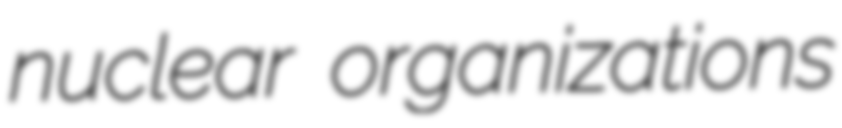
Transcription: nuclear organizations